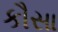
કૌસા